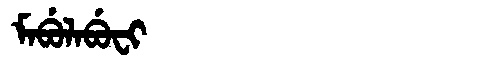
Manchu: ᠮᠠᠪᡠᠯᠠᠪᡠᠸᡳ
Romanization: MABULABUFI